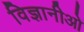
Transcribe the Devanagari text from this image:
विज्ञानीओ